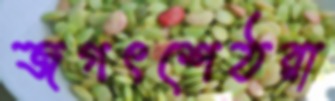
জগৎশেঠরা